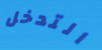
التدخل